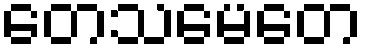
တေသမေတေ